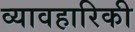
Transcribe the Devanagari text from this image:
व्यावहारिकी